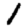
Digit: 1